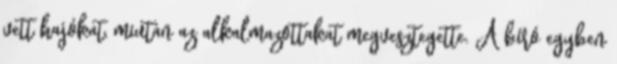
vett hajókat, miután az alkalmazottakat megvesztegette. A bíró egyben